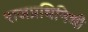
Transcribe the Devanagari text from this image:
राजप्रधिनिधी